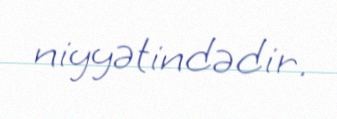
niyyətindədir.